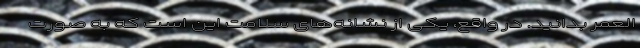
‌العمر بدانید. در واقع، یکی از نشانه‌های سلامت این است که به صورت